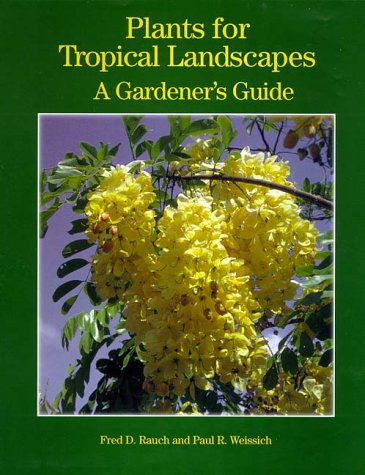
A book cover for Plants for Tropical Landscapes: A Gardener's Guide; Fred D. Rauch; Crafts, Hobbies & Home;